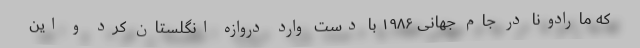
که مارادونا در جام جهانی ۱۹۸۶ با دست وارد دروازه انگلستان کرد و این